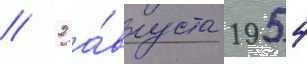
// 2 а́вгуста 1954